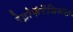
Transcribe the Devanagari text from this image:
रेट्रोफॅरेंजिअल